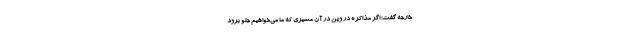
خارجه گفت: اگر مذاکره در وین در آن مسیری که ما می‌خواهیم جلو برود